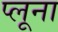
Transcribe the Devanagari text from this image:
प्लूना